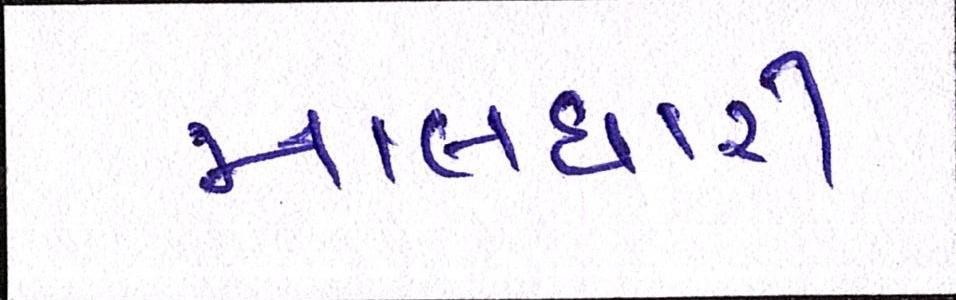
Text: માલધારી